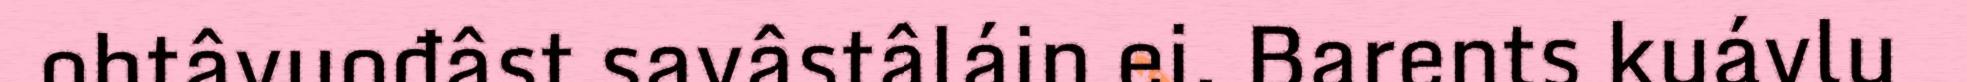
ohtâvuođâst savâstâláin ei. Barents kuávlu